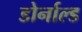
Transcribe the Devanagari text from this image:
डोर्नाल्ड